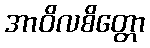
အာဝိလစိတ္တော